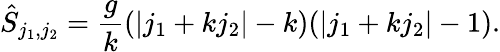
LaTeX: \hat{S}_{j_{1},j_{2}}=\frac{g}{k}(|j_{1}+kj_{2}|-k)(|j_{1}+kj_{2}|-1).